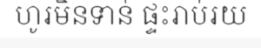
ហូរមិនទាន់ ផ្ទះរាប់រយ